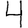
Digit: 4